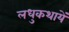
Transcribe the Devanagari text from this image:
लधुकथायें